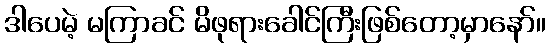
ဒါပေမဲ့ မကြာခင် မိဖုရားခေါင်ကြီးဖြစ်တော့မှာနော်။